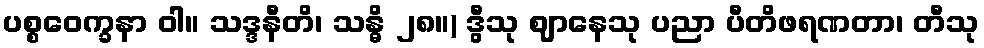
ပစ္စဝေက္ခနာ ဝါ။ သဒ္ဒနီတိ၊ သန္ဓိ ၂၈။) ဒွီသု ဈာနေသု ပညာ ပီတိဖရဏတာ၊ တီသု